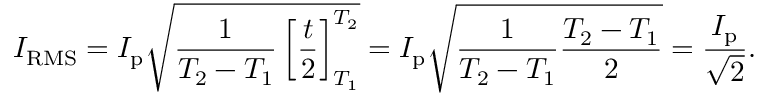
I _ { \mathrm { R M S } } = I _ { \mathrm { p } } { \sqrt { { \frac { 1 } { T _ { 2 } - T _ { 1 } } } \left[ { \frac { t } { 2 } } \right] _ { T _ { 1 } } ^ { T _ { 2 } } } } = I _ { \mathrm { p } } { \sqrt { { \frac { 1 } { T _ { 2 } - T _ { 1 } } } { \frac { T _ { 2 } - T _ { 1 } } { 2 } } } } = { \frac { I _ { \mathrm { p } } } { \sqrt { 2 } } } .